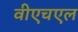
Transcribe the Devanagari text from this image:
वीएचएल